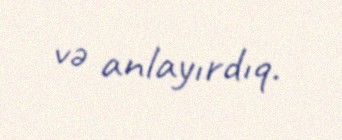
və anlayırdıq.